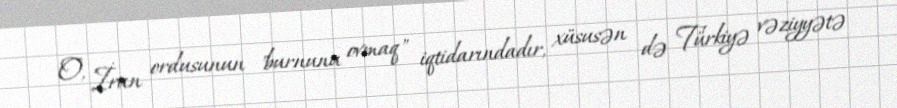
O, İran ordusunun "burnunu ovmaq" iqtidarındadır, xüsusən də Türkiyə vəziyyətə